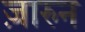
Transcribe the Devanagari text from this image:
ज़ारुन